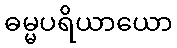
ဓမ္မပရိယာယော